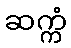
ဆက္ကံ